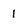
Character: 1